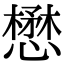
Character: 懋